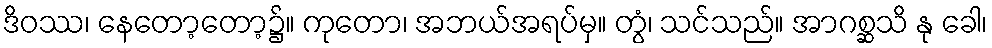
ဒိဝဿ၊ နေတော့တော့၌။ ကုတော၊ အဘယ်အရပ်မှ။ တွံ၊ သင်သည်။ အာဂစ္ဆသိ နု ခေါ၊